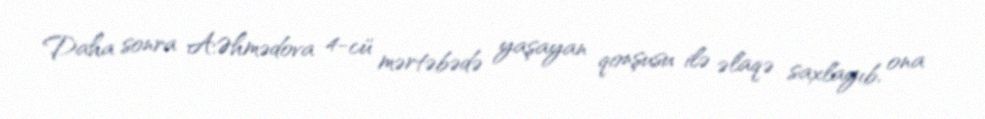
Daha sonra A.Əhmədova 4-cü mərtəbədə yaşayan qonşusu ilə əlaqə saxlayıb, ona